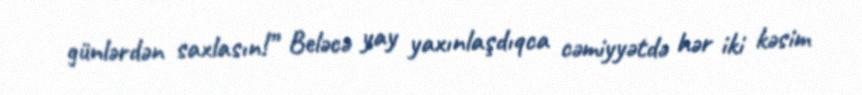
günlərdən saxlasın!” Beləcə yay yaxınlaşdıqca cəmiyyətdə hər iki kəsim